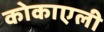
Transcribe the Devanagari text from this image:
कोकाएली